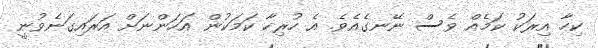
ކިހާ އިރަކު ކަމެއް ވެސް ނޭނގެއެވެ. އެ ހުރިހާ ކަމަކުން އަހަންނަށް އަރައިގަނެވުނީ